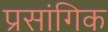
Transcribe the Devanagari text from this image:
प्रसांगिक